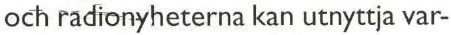
och radionyheterna kan utnyttja var-